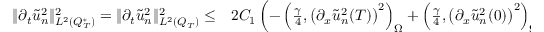
\begin{array} { r l } { \lVert \partial _ { t } \tilde { u } _ { n } ^ { 2 } \rVert _ { L ^ { 2 } ( Q _ { T } ^ { * } ) } ^ { 2 } = \lVert \partial _ { t } \tilde { u } _ { n } ^ { 2 } \rVert _ { L ^ { 2 } ( Q _ { T } ) } ^ { 2 } \leq } & { { } 2 C _ { 1 } \left( - \left( \frac { \gamma } { 4 } , \left( \partial _ { x } \tilde { u } _ { n } ^ { 2 } ( T ) \right) ^ { 2 } \right) _ { \Omega } + \left( \frac { \gamma } { 4 } , \left( \partial _ { x } \tilde { u } _ { n } ^ { 2 } ( 0 ) \right) ^ { 2 } \right) _ { \Omega } \right) } \end{array}